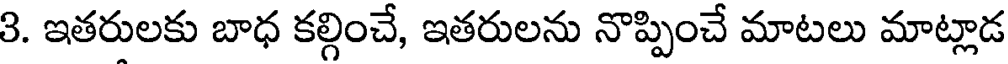
3. ఇతరులకు బాధ కల్గించే, ఇతరులను నొప్పించే మాటలు మాట్లాడ